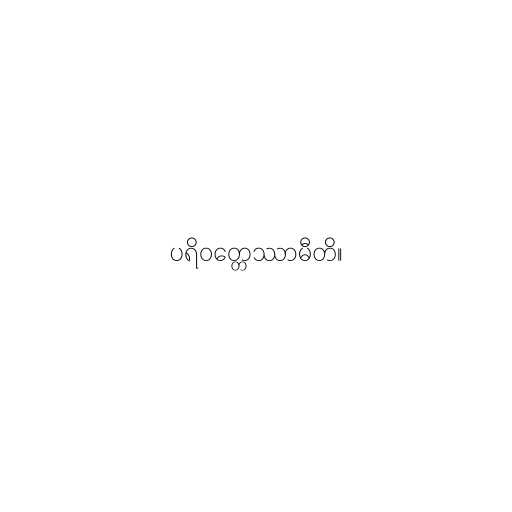
ပရိဝတ္တေဿာမီတိ။